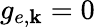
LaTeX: g_{e,{\mathbf k}}=0